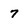
Character: 7